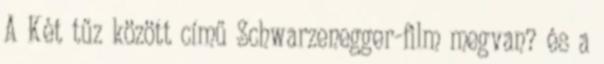
A Két tűz között című Schwarzenegger-film megvan? és a